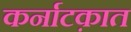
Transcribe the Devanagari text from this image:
कर्नाटक़ात